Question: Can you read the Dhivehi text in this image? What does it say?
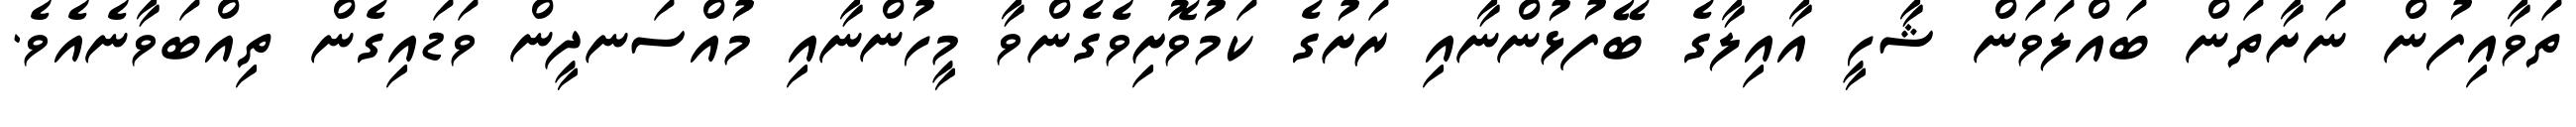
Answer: ތަވާއިފުން ނަށާތަން ބައްލަވަން ޝާހީ އާއިލާގެ ބޭފުޅުންނާއި ރަށުގެ ކަމުވޮށިވެގެންވާ މީހުންނާއި މުއްސަނދީން ވަޑައިގެން ތިއްބަވާނެއެވެ.